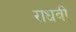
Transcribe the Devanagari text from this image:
राधवी